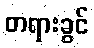
တရားခွင်